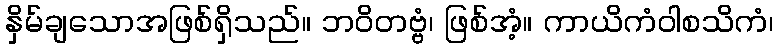
နှိမ်ချသောအဖြစ်ရှိသည်။ ဘဝိတဗ္ဗံ၊ ဖြစ်အံ့။ ကာယိကံဝါစသိကံ၊